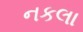
નકલા